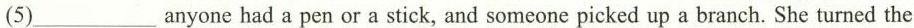
(5)___anyone had a pen or a stick, and someone picked up a branch. She turned the